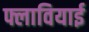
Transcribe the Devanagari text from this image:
फ्लावियाई